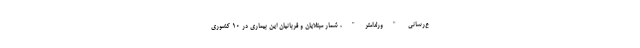
ع‌رسانی "ورلداُمتر"، شمار مبتلایان و قربانیان این بیماری در ۱۰ کشوری